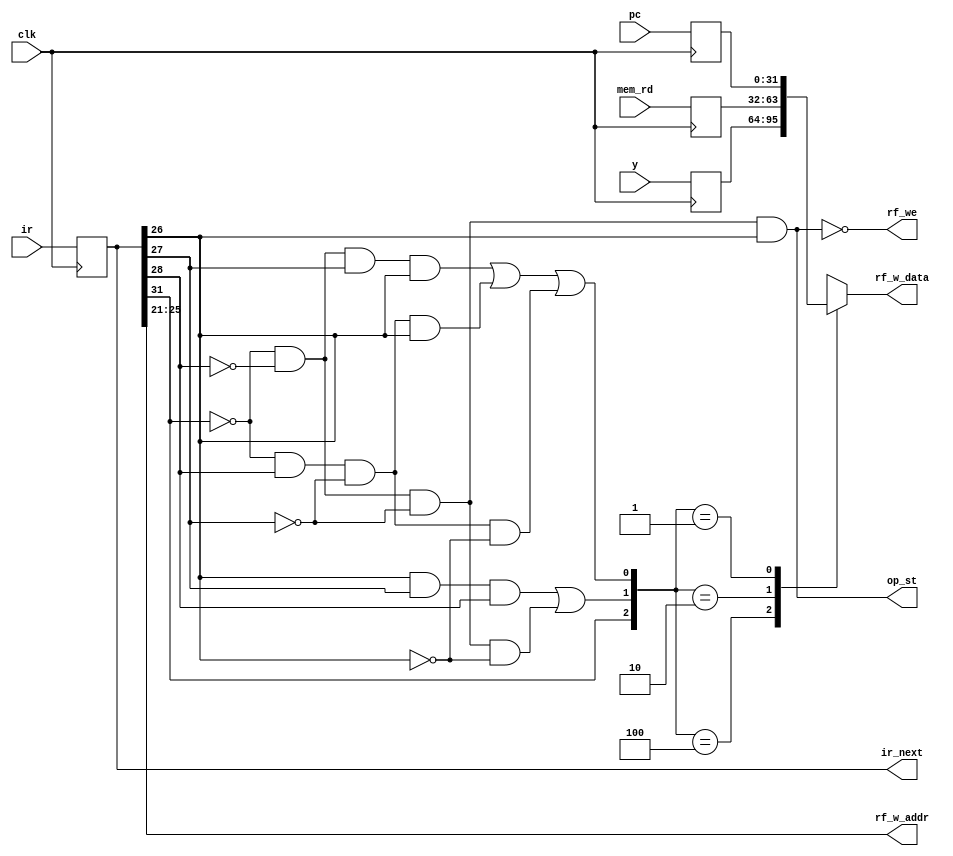
module wb(
    input clk,                        // clock

    output op_st,                     // IR is ST

    // datapath signals
    input [31:0] pc,                  // next pc value for this stage
    input [31:0] ir,                  // next ir value for this stage
    input [31:0] y,                   // next y value for this stage
    input [31:0] mem_rd,              // output of memory read
    output [31:0] ir_next,            // next ir value for next stage

    output reg [31:0] rf_w_data,      // reg file write data
    output [4:0] rf_w_addr,           // reg file write address
    output rf_we                      // reg file write enable
);

reg [31:0] pc_wb;
reg [31:0] ir_wb;
reg [31:0] y_wb;
reg [31:0] mem_rd_wb;

wire [5:0] opcode;
wire op_ld;
wire op_jmp;
wire op_beq;
wire op_bne;
wire op_ldr;
wire op_ld_or_ldr;
wire op_br_or_jmp;

///////////////////////////////////////////////////////////////////////////////
// Opcode Table (columns = opcode[2:0], rows = opcode[5:3])
//     | 000  | 001  | 010  | 011   | 100    | 101    | 110    | 111 |
// 000 |      |      |      |       |        |        |        |     |
// 001 |      |      |      |       |        |        |        |     |
// 010 |      |      |      |       |        |        |        |     |
// 011 | LD   | ST   |      | JMP   | BEQ    | BNE    |        | LDR |
// 100 | ADD  | SUB  |      |       | CMPEQ  | CMPLT  | CMPLE  |     |
// 101 | AND  | OR   | XOR  | XNOR  | SHL    | SHR    | SRA    |     |
// 110 | ADDC | SUBC |      |       | CMPEQC | CMPLTC | CMPLEC |     |
// 111 | ANDC | ORC  | XORC | XNORC | SHLC   | SHRC   | SRAC   |     |
///////////////////////////////////////////////////////////////////////////////

assign opcode = ir_wb[31:26];
assign op_st = !opcode[5] && !opcode[2] && !opcode[1] && opcode[0];
assign op_ld = !opcode[5] && !opcode[2] && !opcode[1] && !opcode[0];
assign op_jmp = !opcode[5] && !opcode[2] && opcode[1] && opcode[0];
assign op_beq = !opcode[5] && opcode[2] && !opcode[1] && !opcode[0];
assign op_bne = !opcode[5] && opcode[2] && !opcode[1] && opcode[0];
assign op_br_or_jmp = op_jmp | op_bne | op_beq;
assign op_ldr = opcode[0] && opcode[1] && opcode[2];
assign op_ld_or_ldr = op_ldr || op_ld;

assign rf_we = !op_st;
assign rf_w_addr = ir_wb[25:21];
assign ir_next = ir_wb;

always @(*) begin
    case ({opcode[5], op_ld_or_ldr, op_br_or_jmp})
        5'b100: rf_w_data = y_wb;
        5'b010: rf_w_data = mem_rd_wb;        
        5'b001: rf_w_data = pc_wb;
        default: rf_w_data = 32'bx;
    endcase    
end

always @(posedge clk) begin
    pc_wb <= pc;
    ir_wb <= ir;
    y_wb <= y;
    mem_rd_wb <= mem_rd;
end

endmodule